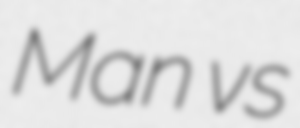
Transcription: Man vs